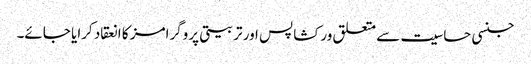
جنسی حساسیت سے متعلق ورکشاپس اور تربیتی پروگرامز کا انعقاد کرایا جائے۔